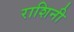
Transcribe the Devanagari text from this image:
राशिनी